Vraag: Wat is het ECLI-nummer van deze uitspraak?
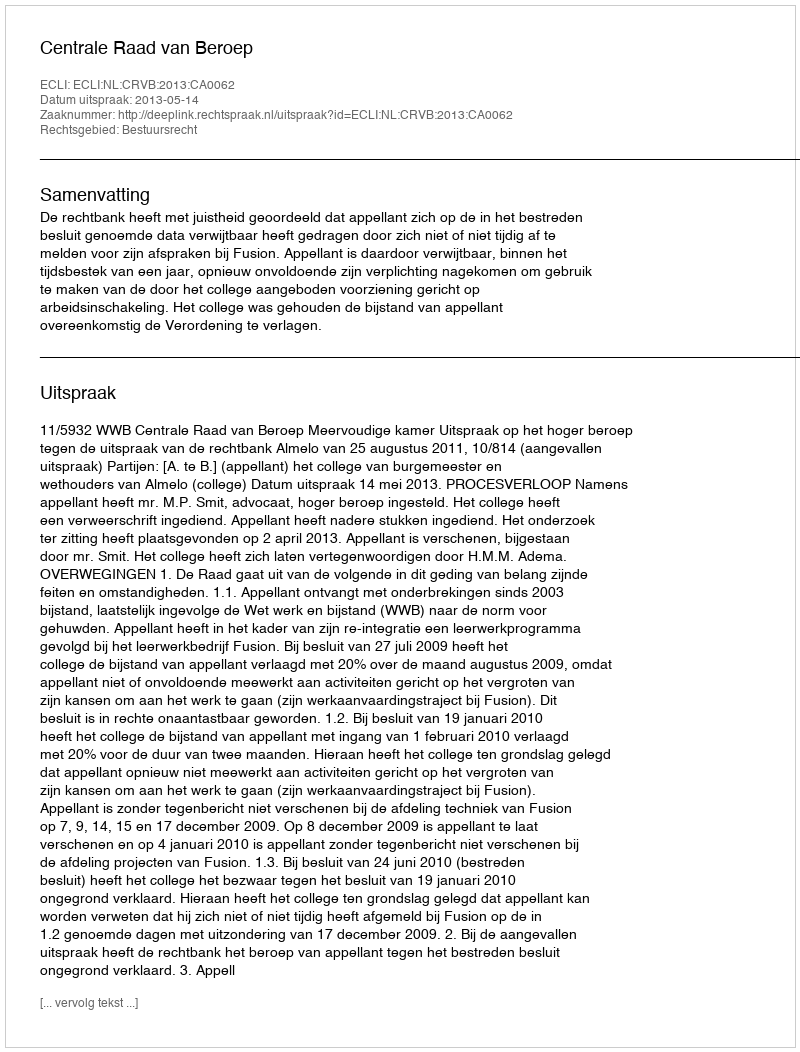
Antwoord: ECLI:NL:CRVB:2013:CA0062